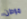
موطن